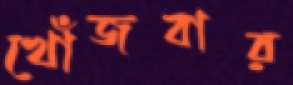
খোঁজবার